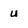
Character: u